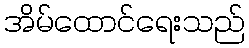
အိမ်ထောင်ရေးသည်